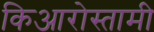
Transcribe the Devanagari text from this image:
किआरोस्तामी